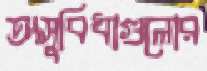
অসুবিধাগুলোর